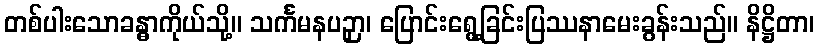
တစ်ပါးသောခန္ဓာကိုယ်သို့။ သင်္ကမနပဉှာ၊ ပြောင်းရွေ့ခြင်းပြဿနာမေးခွန်းသည်။ နိဋ္ဌိတာ၊